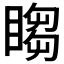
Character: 𬑡